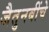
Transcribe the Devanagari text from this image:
जैतुनबींचे